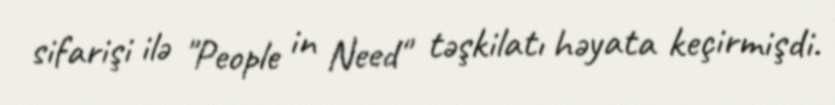
sifarişi ilə "People in Need" təşkilatı həyata keçirmişdi.